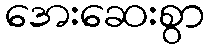
အေးဆေးစွာ